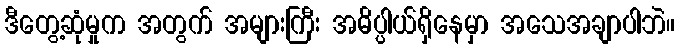
ဒီတွေ့ဆုံမှုက အတွက် အများကြီး အဓိပ္ပါယ်ရှိနေမှာ အသေအချာပါဘဲ။